Vaccination in Burma 1920-1933 - 1920-1933
Year: 1920
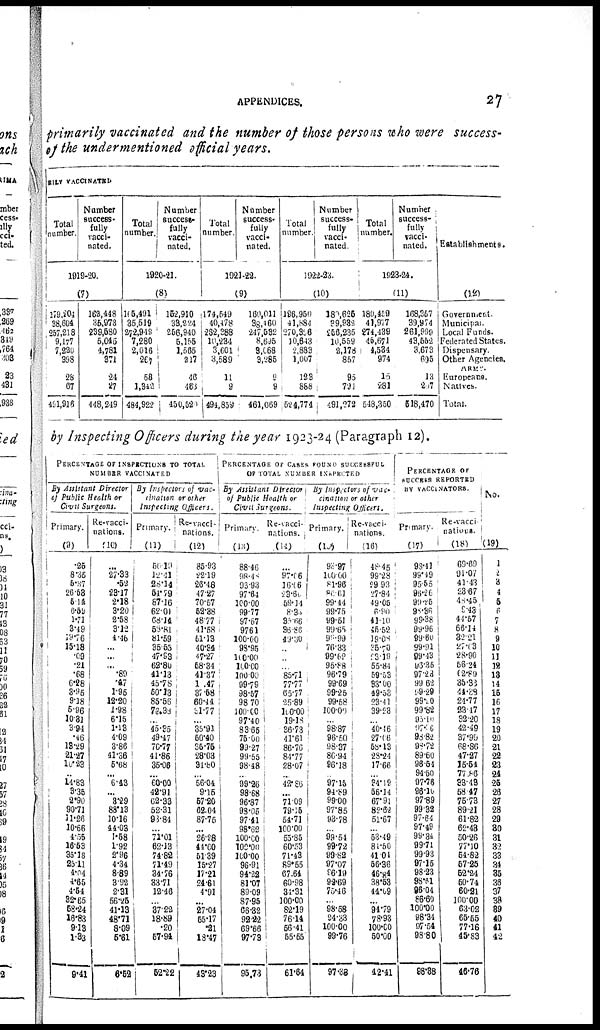
APPENDICES.
27
primarily vaccinated and the number of those persons who were success-
of the undermentioned official years.
ULLY VACCINATED
Total
lumber.
Number
success-
fully
vacci-
nated.
1919-20.
(7)
179,204
38,604
257,218
9,177
7,220
398
28
67
491,916
162,448
35,973
239,580
5,045
4,781
371
24
27
448,249
Total
number.
Number
success¬
fully
vacci-
nated.
1920-21.
(8)
105,491
35,519
272,948
7,280
2,016
267
58
1,342
484,922
152,910
33,224
256,940
5,155
1,565
217
46
463
450,520
Total
number.
Number
success-
fully
vacci-
nated.
1921-22.
(9)
174,549
40,478
262,388
10,234
3,601
3,589
11
9
494,859
160,011
38,460
247,532
8,695
9,068
9,285
9
9
461,069
Total
number.
Number
success-
fully
vacci-
nated.
1922-23.
(10)
186,950
41,884
270,396
10,643
2,883
1,007
129
888
524,774
180,625
39,933
256,235
10,559
2,178
867
95
791
491,272
Total
number.
Number
success¬
fully
vacci-
nated.
1923-24.
(11)
180,459
41,977
274,438
45,671
4,534
974
15
281
548,350
168,357
39,974
261,999
43,552
3,673
695
13
207
518,470
Establishments.
(12)
Government.
Municipal. Local Funds.
Federated States.
Dispensary.
Other Agencies,
ARMY.
Europeans.
Natives.
Total.
by Inspecting Officers during the year 1923-24 (Paragraph 12).
PERCENTAGE OF INSPECTIONS TO TOTAL
NUMBER VACCINATED
By Assistant
Director
of Public Health or
Civil
Surgeons.
Primary.
(9)
.25
8.35
6.37
26.58
5.14
6.59
1.72
3.49
19.76
15.18
.09
.21
.68
6.28
3.95
9.18
5.96
10.81
3.94
.46
18.29
21.27
l0.23
... 14.83
3.35
2.90
90.71
11.26
10.66
4.55
16.53
35.18
25.11
4.04
4.65
4.54
92.65
58.24
16.83
9.13
1.33
9.41
Re-vacci-
nations.
(10)
...
27.33
.52
23.17
2.18
3.20
2.58
3.12
4.46
...
...
... .80
1. 95
1.95
12.20
1.98
6.15
1.13
4.09
3.86
41.36
5.68
... 6.43
... 8.29
88.13
10.16
44.03
1.58
1.92
2.96
4.34
8.89
3.92
2.31
56.25
41.13
48.71
8.09
5.61
6.52
By Inspectors of vac¬
cination or other
Inspecting Officers.
Primary.
(11)
50.19
12.41
28.14
54.79
87.16
62.01
68.14
58.8l
81.59
35.55
47.93
62.80
41.13
45.78
50.13
85.56
78.38
... 45.35
49.47
70.77
41.86
35.06
... 60.00
42.91
62.33
52.31
98.84
... 71.01
62.13
74.82
71.49
34.76
33.71
12.46
... 37.22
18.89
.20
57.94
52.22
Re-vacci¬
nations.
(12)
85.93
22.19
26.48
47.27
70.57
52.38
48.77
41.58
51.13
40.34
47.27
58.34
41.37
10.47
37.58
60.44
31.77
...
35.91
50.40
35.75
28.08
94.80
... 56.04
9.15
57.20
62.04
87.76
... 26.28
44.60
51.39
15.27
17.21
24.61
4.91
...
27.04
55.17
.21
13.47
43.23
PERCENTAGE OF CASES POUND SUCCESSFUL
OF TOTAL NUMBER INSPECTED
By Assistant
Director
of Public Health or
Civil
Surgeons.
Primary.
(13)
88.46
98.48
98.93
97.64
100.00
99.77
97.67
97.61
100.00
98.95
100.00
100.00
100.00
99.79
98.57
98.70
100.00
97.40
83.65
75.00
93.27
99.65
98.48
... 99.26
98.68
96.87
98.05
97.41
98.62
100.00
100.00
100.00
96.91
94.22
81.07
89.09
87.95
66.32
92.22
69.66
97.73
95.73
Re-vacci¬
nations.
(14)
...
97.06
16.66
23.60
59.14
8.30
35.66
36.86
49.30
...
...
... 85.71
77.77
65.77
25.89
100.00
19.18
36.73
41.61
86.76
84.77
28.07
...
42.86
...
71.09
79.15
54.71
100.00
55.85
60.53
71.43
89.55
67.64
60.98
34.31
100.00
82.19
76.14
56.41
55.55
61.64
By Inspectors of vac¬
cination or other
Inspecting
Officers.
Primary.
(15)
98.97
100.00
81.96
80.61
99.44
99.75
99.51
99.65
90.99
76.33
99.62
95.88
96.79
99.69
99.25
99.58
100.00
... 98.87
96.50
98.37
86.94
96.18
... 97.15
94.89
99.00
97.85
93.78
... 99.54
99.72
99.82
97.07
96.19
92.69
75.46
... 98.58
94.33
100.00
99.76
97.38
Re-vacci¬
nations.
(16)
48.45
99.28
29.93
27.84
49.05
6.90
41.10
45.52
19.08
35.70
23.19
55.84
59.53
93.00
49.53
23.41
39.28
... 40.46
27.06
58.13
28.24
17.66
... 34.19
56.14
67.91
82.62
51.67
... 53.49
84.50
41.04
56.36
46.84
38.53
44.69
...
94.79
78.93
100.00
50.00
42.41
PERCENTAGE OF
SUCCESS REPORTED
BY VACCINATORS.
Primary.
(17)
93.41
99.49
95.55
96.26
99.25
98.36
99.38
99.96
99.60
99.91
99.43
96.35
97.28
99.62
99.29
99.20
99.82
95.10
97.76
98.82
98.72
89.60
96.54
94.50
97.76
96.10
97.89
99.32
97.64
97.49
99.34
99.71
99.93
97.15
98.23
98.61
96.04
86.60
100.00
98.34
97.54
98.80
98.38
Re-vacci¬
nations.
(18)
69.69
91.07
41.43
23.67
48.45
9.48
41.57
66.14
32.21
27.03
28.90
56.24
62.89
35.33
44.88
24.77
23.17
32.20
42.49
37.99
68.86
47.27
15.54
77.86
33.49
58.47
75.73
89.21
61.82
62.48
50.26
77.10
64.82
67.25
52.24
50.74
60.21
100.00
63.02
65.55
77.16
45.83
46.76
No.
(19)
1
2
3 4
5
6
7
8
9
10
11
12
13
14
15
16
17
18
19
20
21
22
23
24
25
26
27
28
29
30
31
32
33
34
35
36
37
38
39
40
41
42